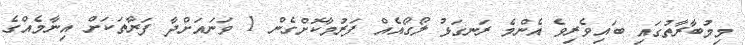
މިމުބާރާތުގައި ބައިވެރިވެ އެންމެ ރަނގަޅު ލޯގޯއެއް ފަރުމާކޮށްގެން 1 ވަނައަށްދާ ފަރާތަކަށް އިނާމެއްގެ